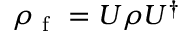
\rho _ { \mathrm { ~ f ~ } } = U \rho U ^ { \dagger }